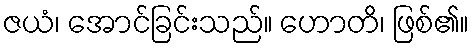
ဇယံ၊ အောင်ခြင်းသည်။ ဟောတိ၊ ဖြစ်၏။